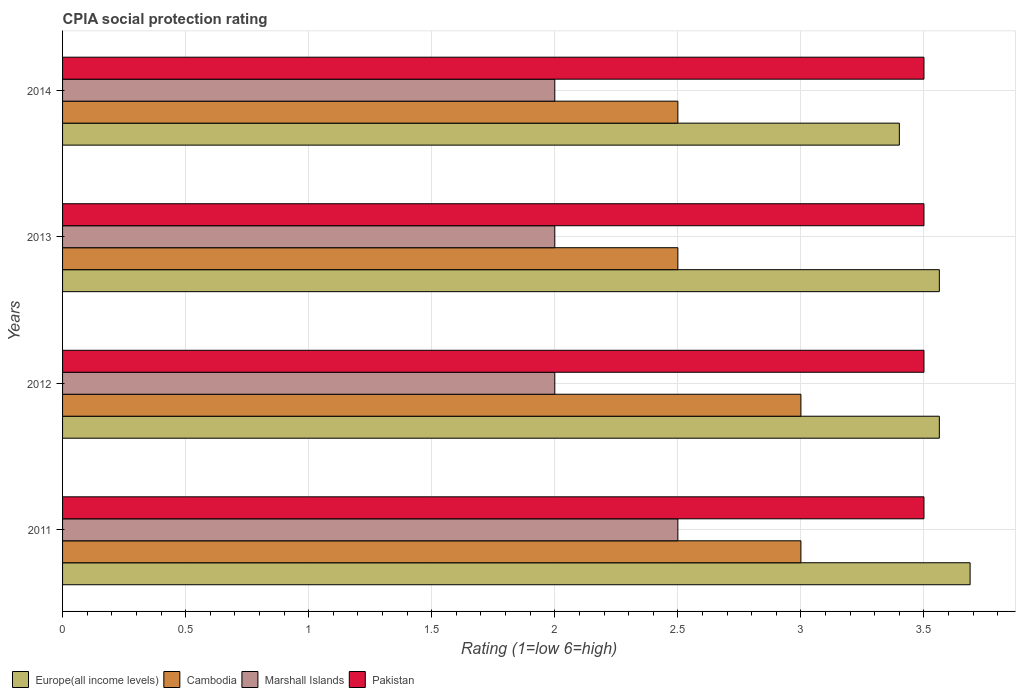
| Years | Europe(all income levels) | Cambodia | Marshall Islands | Pakistan |
 | --- | --- | --- | --- | --- |
 | 2011 | 3.69 | 3 | 2.5 | 3.5 |
 | 2012 | 3.56 | 3 | 2 | 3.5 |
 | 2013 | 3.56 | 2.5 | 2 | 3.5 |
 | 2014 | 3.4 | 2.5 | 2 | 3.5 |